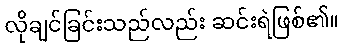
လိုချင်ခြင်းသည်လည်း ဆင်းရဲဖြစ်၏။